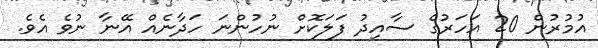
އުމުރުން 20 އަހަރުގެ ސާއިދު ފަލަކޮށް ނުހުންނަ ހަދާނެއް އޭނާ ނުވެ އެވެ.